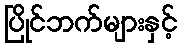
ပြိုင်ဘက်များနှင့်